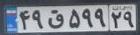
۴۹ق۵۹۹۲۹